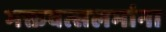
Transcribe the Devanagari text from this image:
भक्तवत्सलमांना